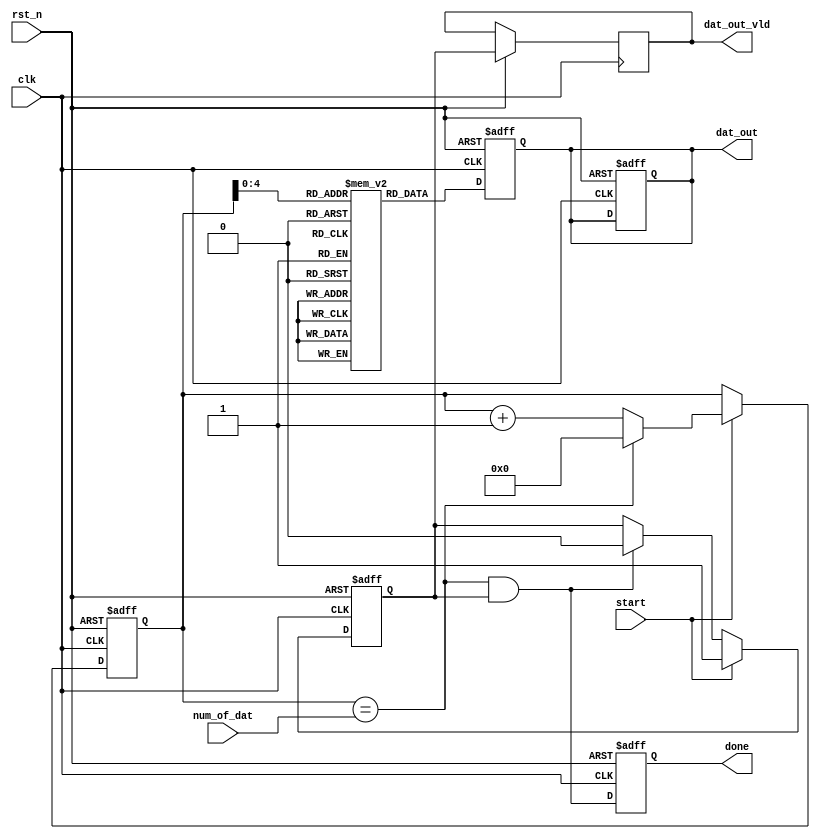
`timescale 1ns / 1ps
//////////////////////////////////////////////////////////////////////////////////
// Company: 
// Engineer: 
// 
// Design Name: 
// Module Name: MEM_input
// Project Name: 
// Target Devices: 
// Tool Versions: 
// Description: 
// 
// Dependencies: 
// 
// Revision:
// Revision 0.01 - File Created
// Additional Comments:
// 
//////////////////////////////////////////////////////////////////////////////////

module MEM_input#
(
	parameter WIDTH=64,
	parameter DEPTH=32,
	parameter log2_DEPTH=32
)
(
    input clk,
    input rst_n,
    input start,
    input [log2_DEPTH-1:0] num_of_dat,
    
    output reg [WIDTH-1:0]dat_out,
    output reg dat_out_vld,
    output reg done
);
wire cnt_done;
reg [WIDTH-1:0] memory[DEPTH-1:0];

//initial begin
//  $readmemb("D:/PKU/fpu/fpu.srcs/sim_1/imports/multiplier/stim_bi.txt",memory);
//end

reg working;
always @(posedge clk or negedge rst_n)
if(~rst_n)
	working<=1'b0;
else
	if(start)
		working<=1'b1;
	else
		if(cnt_done)
			working<=1'b0;


reg [log2_DEPTH-1:0]cnt;
wire cnt_is_max_now=(cnt==num_of_dat);
wire cnt_will_update_now=working;
always @(posedge clk or negedge rst_n)
if(~rst_n)
    cnt<='d0;
else
    if(start)
    begin
        if(cnt_is_max_now)
            cnt<='d0;
        else
            cnt<=cnt+'d1;
    end

assign cnt_done=cnt_is_max_now&cnt_will_update_now;
    
always @(posedge clk or negedge rst_n)
if(~rst_n)begin
	dat_out<=0;
	end
else
    dat_out<=memory[cnt];

wire dat_out_vld_d0;
assign dat_out_vld_d0=working;

always @(posedge clk or negedge rst_n)
if(~rst_n)
	dat_out<=0;
else
    dat_out_vld<=dat_out_vld_d0;

always @(posedge clk or negedge rst_n)
if(~rst_n)
	done<=0;
else
    done<=cnt_done;
            
endmodule